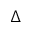
\Delta